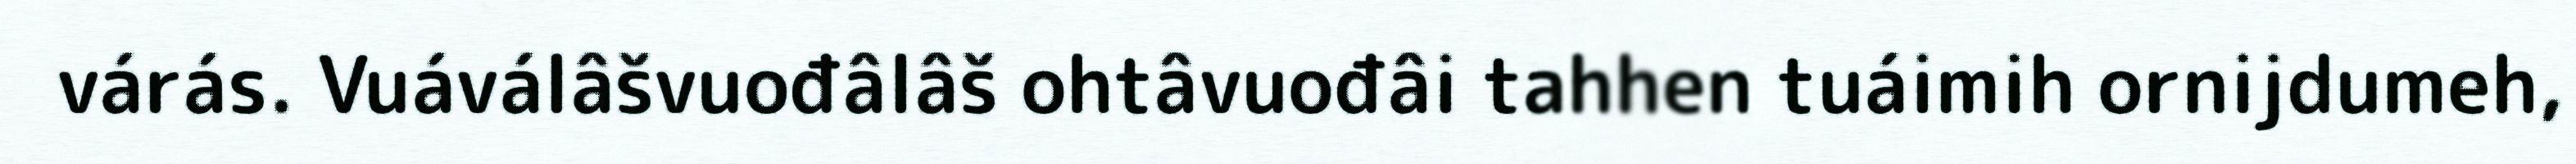
várás. Vuáválâšvuođâlâš ohtâvuođâi tahhen tuáimih ornijdumeh,